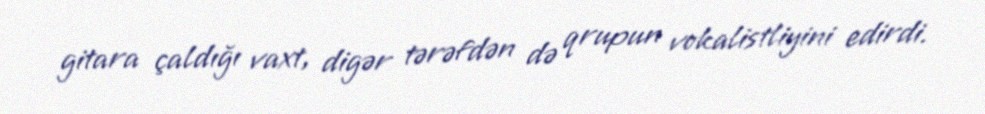
gitara çaldığı vaxt, digər tərəfdən də qrupun vokalistliyini edirdi.